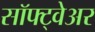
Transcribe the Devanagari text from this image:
सॉफ्ट्वेअर